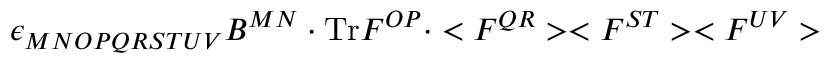
\epsilon _ { M N O P Q R S T U V } B ^ { M N } \cdot \mathrm { T r } F ^ { O P } \cdot < F ^ { Q R } > < F ^ { S T } > < F ^ { U V } >